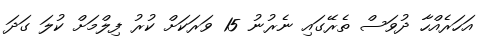
އަހަރެއްހާ ދުވަސް ތެރޭގައި ނެރުނު 15 ވަރަކަށް ކުރު ފިލްމަށް ކުލަ ގަދަ